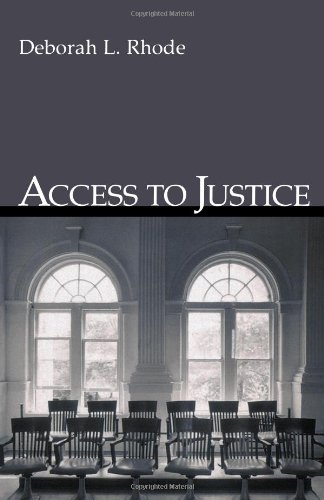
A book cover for Access to Justice; Deborah L. Rhode; Law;